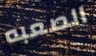
الصعبه